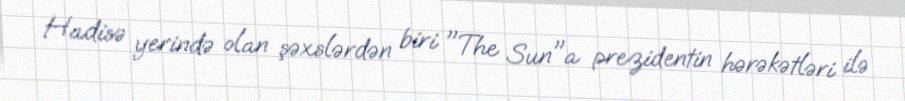
Hadisə yerində olan şəxslərdən biri "The Sun"a prezidentin hərəkətləri ilə